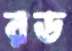
রড